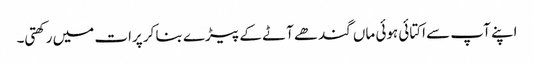
اپنے آپ سے اکتائی ہوئی ماں گندھے آٹے کے پیڑے بنا کر پرات میں رکھتی۔